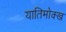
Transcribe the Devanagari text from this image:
यातिमोक्ख